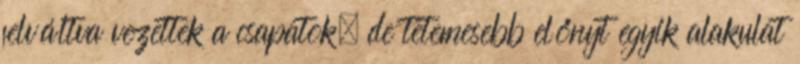
felváltva vezettek a csapatok, de tetemesebb előnyt egyik alakulat